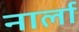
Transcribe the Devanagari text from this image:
नार्ला